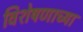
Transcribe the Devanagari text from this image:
विशेषणाच्या